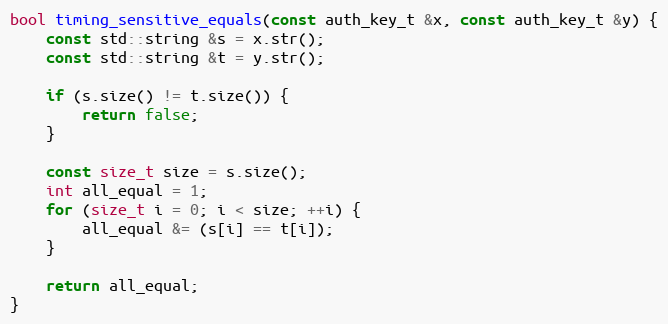
Language: C++
bool timing_sensitive_equals(const auth_key_t &x, const auth_key_t &y) {
    const std::string &s = x.str();
    const std::string &t = y.str();

    if (s.size() != t.size()) {
        return false;
    }

    const size_t size = s.size();
    int all_equal = 1;
    for (size_t i = 0; i < size; ++i) {
        all_equal &= (s[i] == t[i]);
    }

    return all_equal;
}